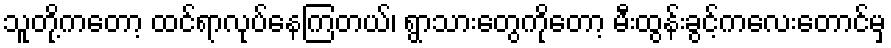
သူတို့ကတော့ ထင်ရာလုပ်နေကြတယ်၊ ရွာသားတွေကိုတော့ မီးထွန်းခွင့်ကလေးတောင်မှ